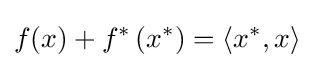
f(x)+f^{*}\left(x^{*}\right)=\left\langle x^{*},x\right\rangle